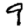
Digit: 9